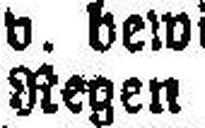
Regen